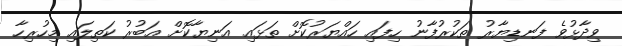
ވިދާޅުވެ ފަނޑިޔާރު ތަކުރުފާނު ހިފައި ހައްޔަރުކޮށް ތަޅައި އަނިޔާކޮށް އަބުރު ކަތިލައި މިހުރިހާ